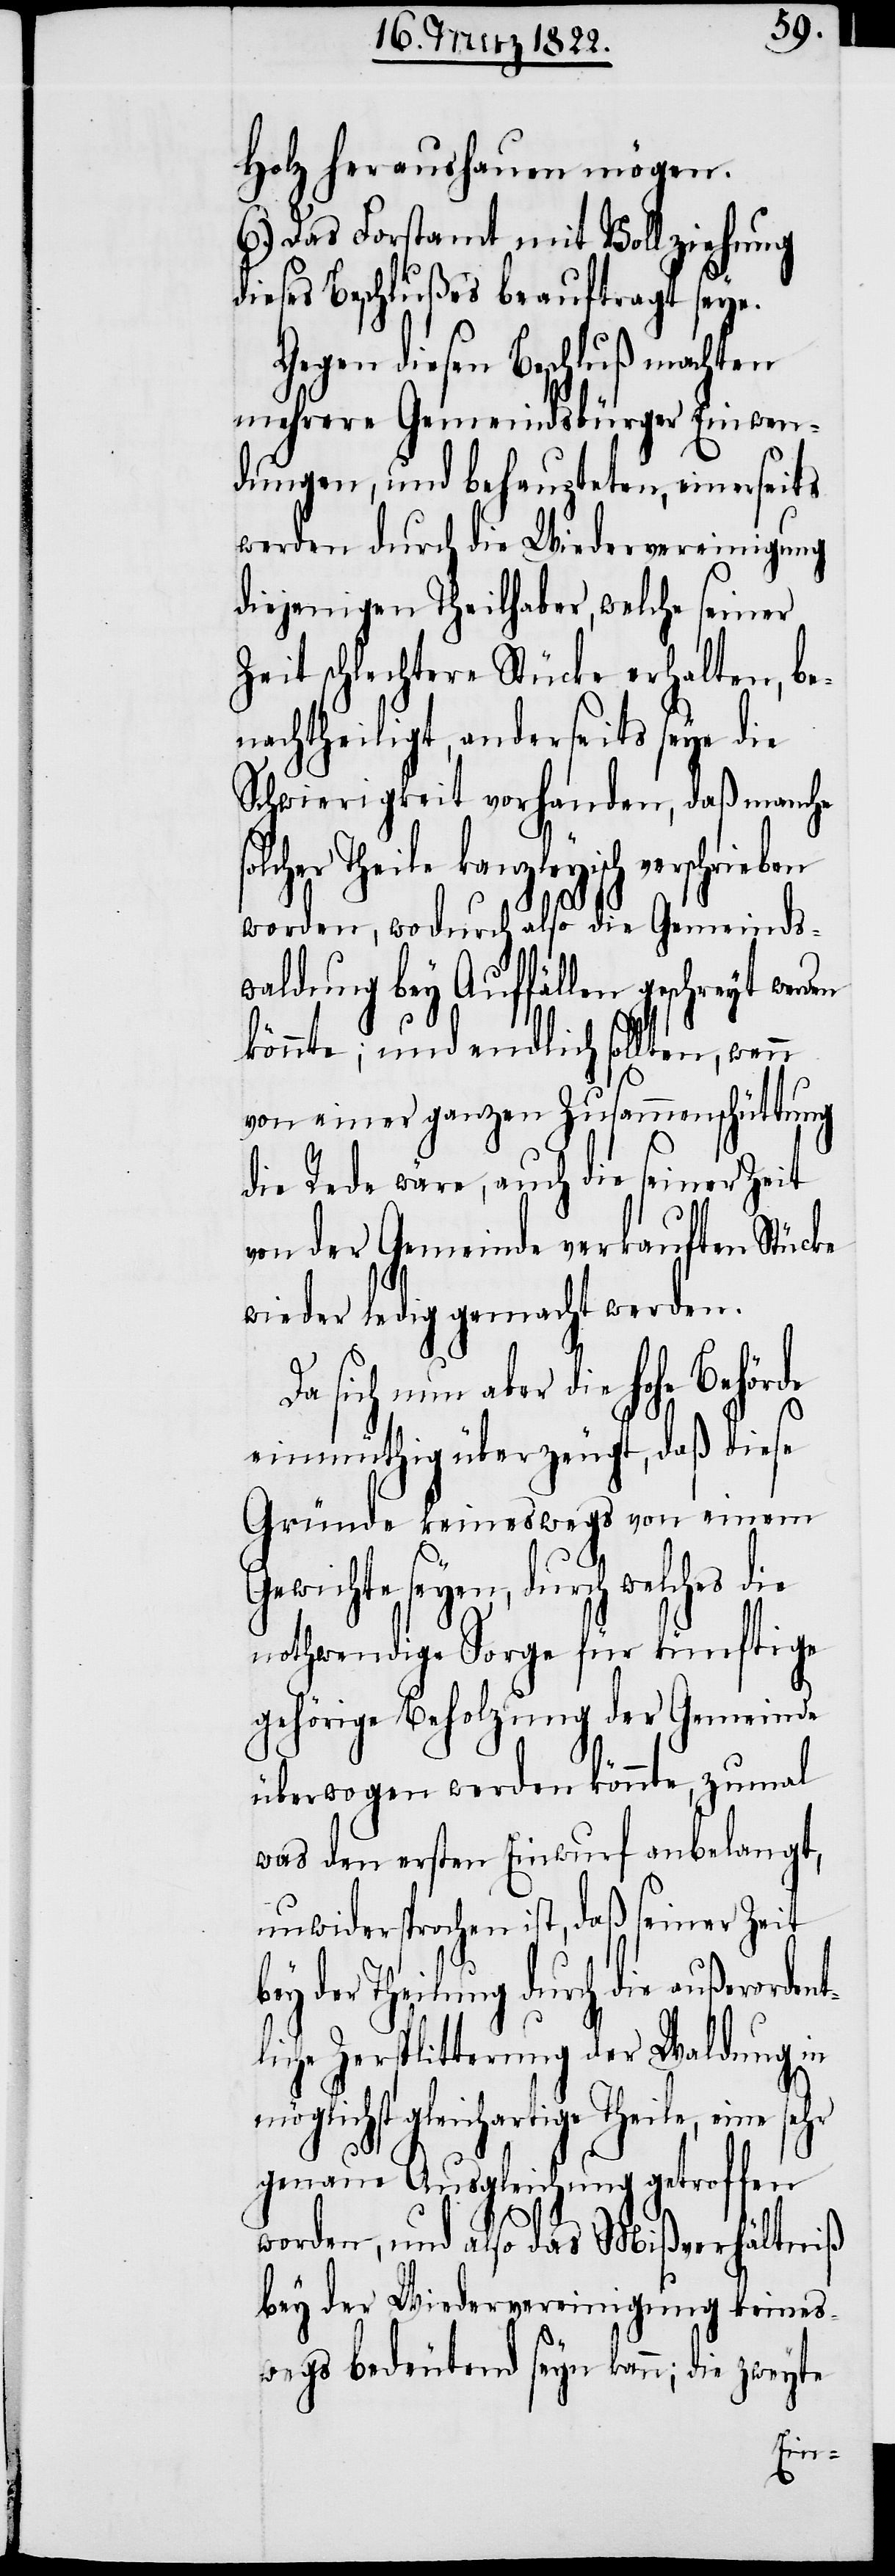
Holz heraushauen mögen.
6.) Das Forstamt mit Vollziehung
dieses Beschlußes beauftragt seye.
Gegen diesen Beschluß machten
mehrere Gemeindsbürger Einwen¬
dungen, und behaupteten, einerseits
werden durch die Wiedervereinigung
diejenigen Theilhaber, welche seiner
Zeit schlechtere Stücke erhalten, be¬
nachtheiligt, anderseits seye die
Schwierigkeit vorhanden, daß manch¬
Theile, eine sehr
worden, wodurch also die Gemeinds¬
waldung bey Auffällen geschreyt wer¬
könnte; und endlich sollten, wenn
von einer ganzen Zusammenschüttung
die Rede wäre, auch die seiner Zeit
von der Gemeinde verkauften Stücke
wieder ledig gemacht werden.
aber die hohe Behörde
einmüthig überzeugt, daß diese
Gründe keineswegs von einem
Gewichte seyen, durch welches die
nothwendige Sorge für künftige
gehörige Beholzung der Gemeinde
überwogen werden könnte, zumal
was den ersten Einwurf anbelangt,
unwidersprochen ist, daß seiner Zeit
n Zersplitterung der Waldung in
genaue Ausgleichung getroffen
worden, und also das Mißverhältniß
bey der Wiedervereinigung keines¬
wegs bedeutend seyn kann; die zweyte